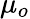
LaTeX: \mu_{o}